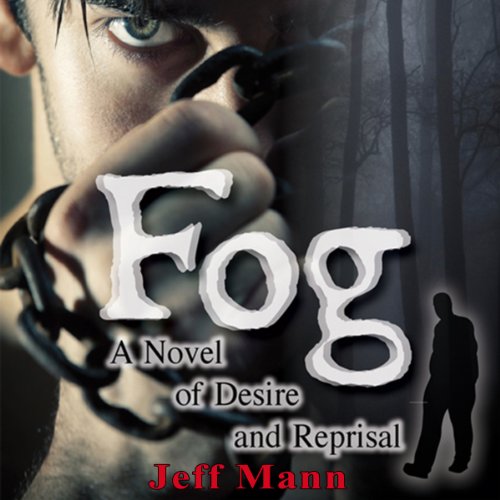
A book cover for Fog: A Novel of Desire and Reprisal; Jeff Mann; Romance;